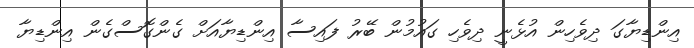
އިންޑިޔާގަ ދިވެހިން އުޅެނީ ދިވެހި ގައުމުން ބޭރު ފައިސާ އިންޑިޔާއަށް ގެންގޮސްގެން އިންޑިޔާ